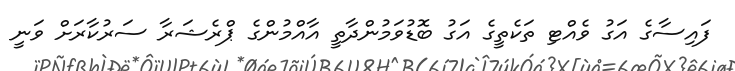
ފައިސާގެ އަގު ވެއްޓި ތަކެތީގެ އަގު ބޮޑުވަމުންދާތީ އާއްމުންގެ ޕްރެޝަރާ ސަރުކާރަށް ވަނީ